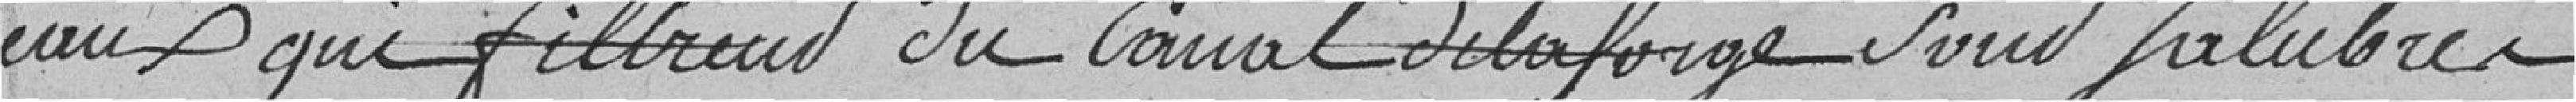
eaux qui filtrent du canal de la forge sont salubres